Report on vaccination in Madras 1904-1921 - 1904-1921
Year: 1904
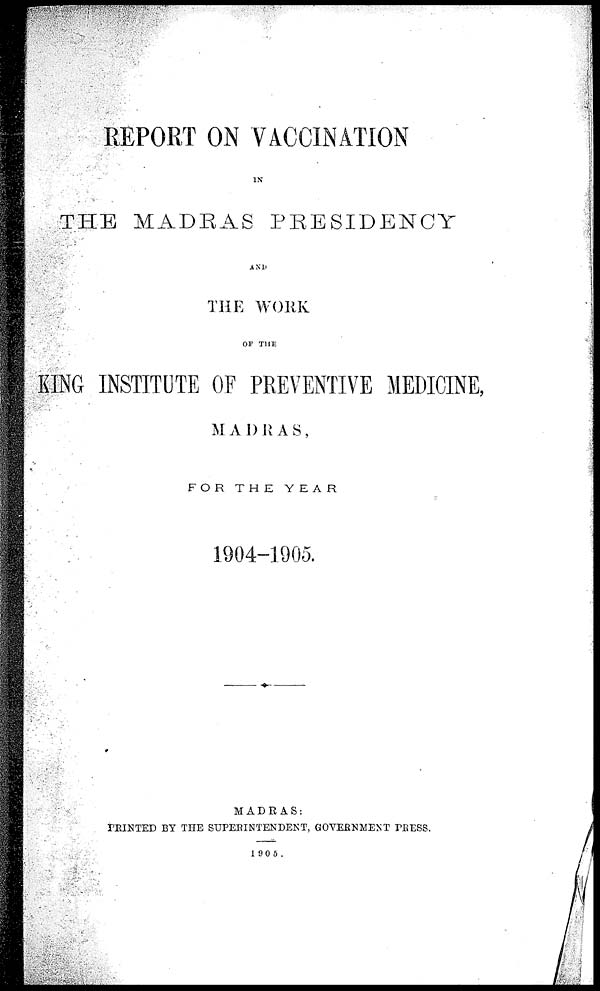
REPORT ON VACCINATION
IN
THE MADRAS PRESIDENCY
AND
THE WORK
OF THE
KING INSTITUTE OF PREVENTIVE MEDICINE,
MADRAS,
FOR THE
YEAR
1904-1905.
MADRAS:
PRINTED BY THE SUPERINTENDENT, GOVERNMENT PRESS.
1905.